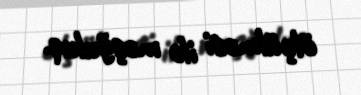
ölçülməsi ilə məşğuluq.